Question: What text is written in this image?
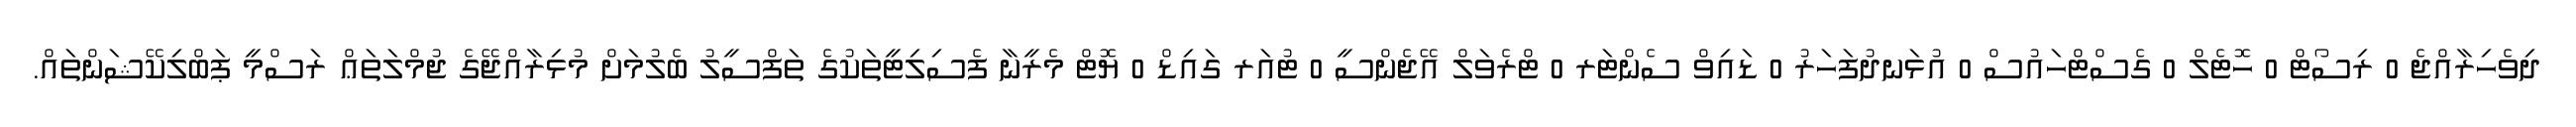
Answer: ދިވެހިރާއްޖެ 0 ރިސޯޓް 0 ހޮޓެލް 0 ގެސްޓްހައުސް 0 އުޅަނދުފަހަރު 0 ޑައިވް ސެންޓަރ 0 ޓްރެވަލް އޭޖެންސީ 0 ޓުއަރ ގައިޑް 0 ޔޮޓް މެރީނާ ފެސިލިޓީތަކުގެ ތަފްސީލު ބެލުމަށް މުޅިރާއްޖޭގެ ޖުމްލަތަޢް ރަސްމީ ޕަބްލިކޭޝަންތައް.